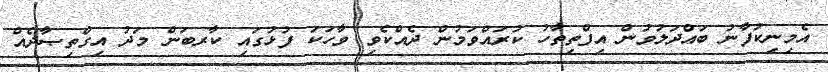
އެމިނިކުފާނު ބައްދަލުވުން އިފްތިތާހު ކުރައްވަމުން ދެއްކެވި ވާހަކަ ފުޅުގައި ކާރބަން މަދު އިގްތިޞާދެއް